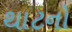
થાટનો